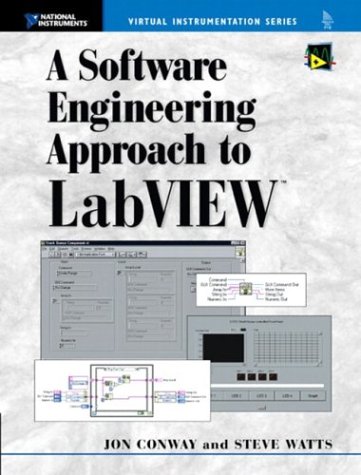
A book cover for A Software Engineering Approach to LabVIEW; Jon Conway; Science & Math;